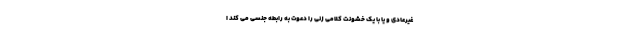
غیرعادی و یا با یک خشونت کلامی زنی را دعوت به رابطه جنسی می کند ا